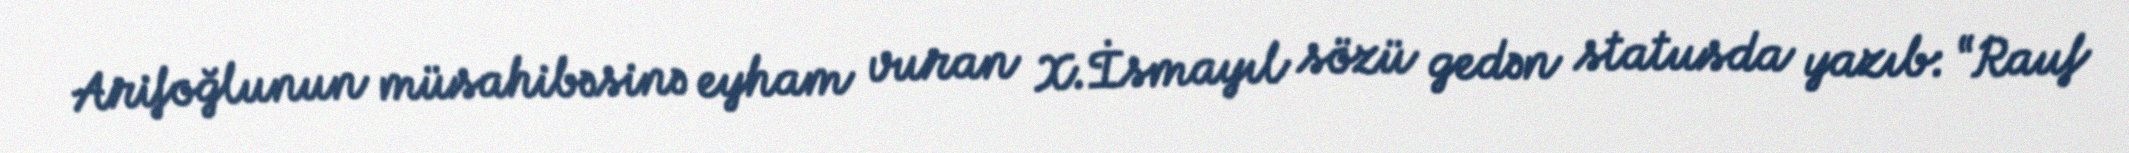
Arifoğlunun müsahibəsinə eyham vuran X.İsmayıl sözü gedən statusda yazıb: “Rauf